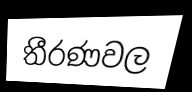
තීරණවල